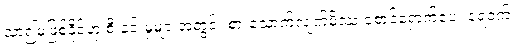
သာ၍မဖြစ်နိုင်ဟု စီးနင်းမှုများအတွင်း စားသောက်လျက်မိဿ စောင့်ရှောက်ပေး ရေဝက်